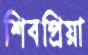
শিবপ্রিয়া